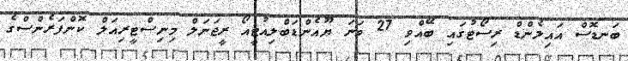
ބަނޑޮސް އައިލެންޑް ރިސޯޓުގައި ބޭއްވި 27 ވަނަ ޔޫއެންޑަބްލިއުޓީއޯ ރީޖަނަލް މިނިސްޓީރިއަލް ކޮންފަރެންސްގެ